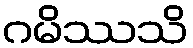
ဂမိဿသိ